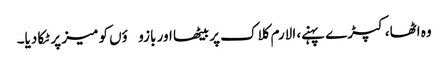
وہ اٹھا، کپڑے پہنے، الارم کلاک پر بیٹھا اور بازوؤں کو میز پر ٹکا دیا۔